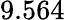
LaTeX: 9.564